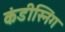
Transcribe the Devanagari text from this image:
कंडीस्निंग